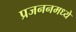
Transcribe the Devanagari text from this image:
प्रजननमध्ये